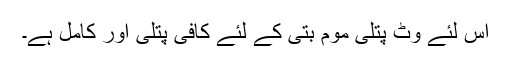
اس لئے وٹ پتلی موم بتی کے لئے کافی پتلی اور کامل ہے۔